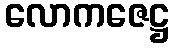
လောကဇေဋ္ဌ